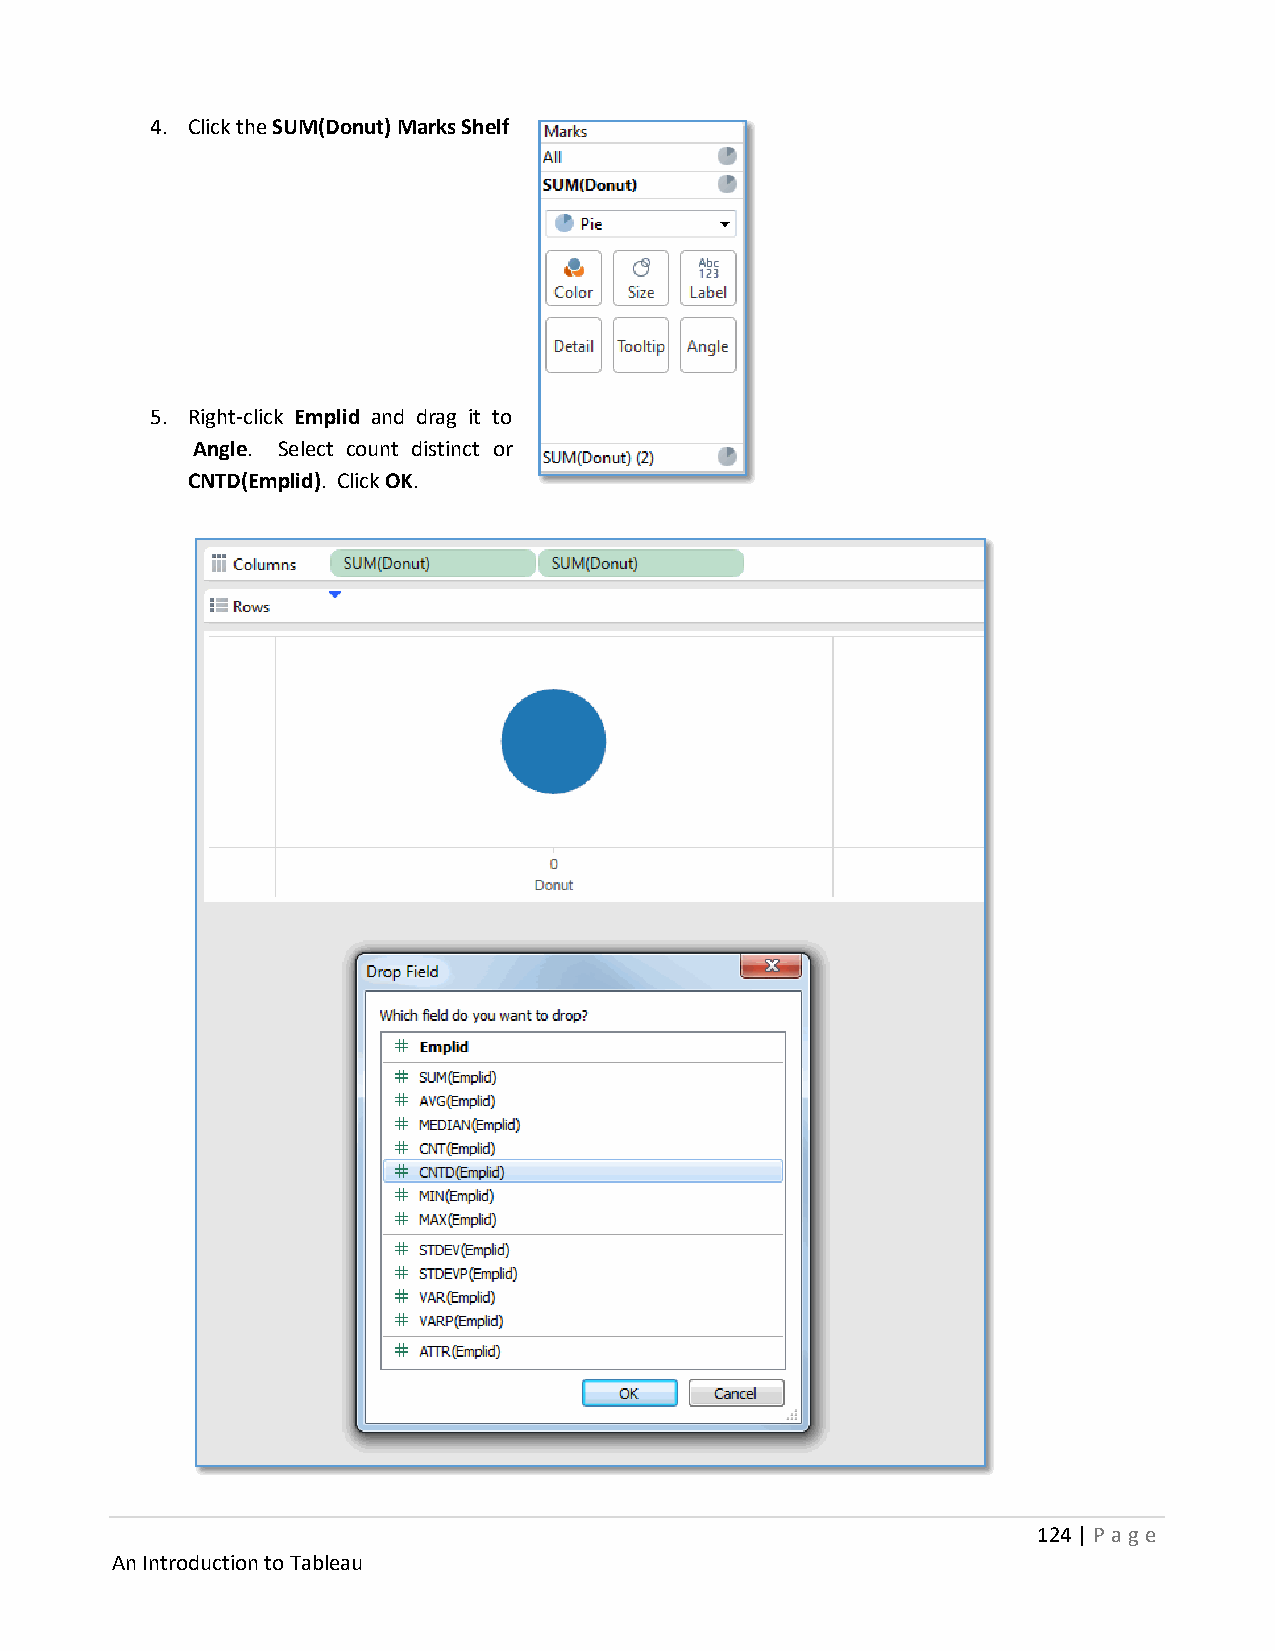
4. Click the SUM(Donut) Marks Shelf
 5. Right-click Emplid and drag it to
 Angle. Select count distinct or
 CNTD(Emplid). Click OK.
 124 | P age
 An Introduction to Tableau